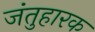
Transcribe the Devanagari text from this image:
जंतुहारक